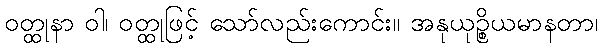
ဝတ္ထုနာ ဝါ၊ ဝတ္ထုဖြင့် သော်လည်းကောင်း။ အနုယုဉ္စိယမာနတာ၊